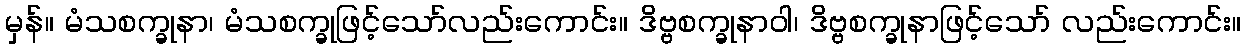
မှန်။ မံသစက္ခုနာ၊ မံသစက္ခုဖြင့်သော်လည်းကောင်း။ ဒိဗ္ဗစက္ခုနာဝါ၊ ဒိဗ္ဗစက္ခုနာဖြင့်သော် လည်းကောင်း။